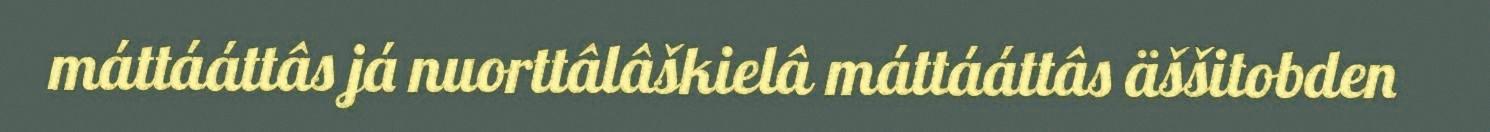
máttááttâs já nuorttâlâškielâ máttááttâs äššitobden